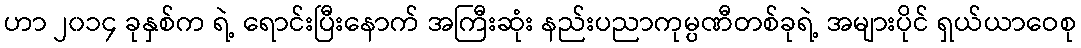
ဟာ ၂၀၁၄ ခုနှစ်က ရဲ့ ရောင်းပြီးနောက် အကြီးဆုံး နည်းပညာကုမ္ပဏီတစ်ခုရဲ့ အများပိုင် ရှယ်ယာဝေစု